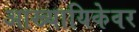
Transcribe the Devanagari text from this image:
आख्यायिकेवर